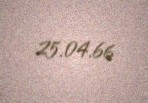
25.04.66